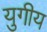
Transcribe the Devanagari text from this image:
युगीय